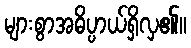
များစွာအဓိပ္ပာယ်ရှိလှ၏။